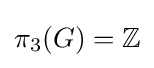
\pi _{3}(G)=\mathbb {Z}